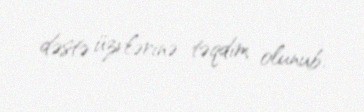
dəstə üzvlərinə təqdim olunub.